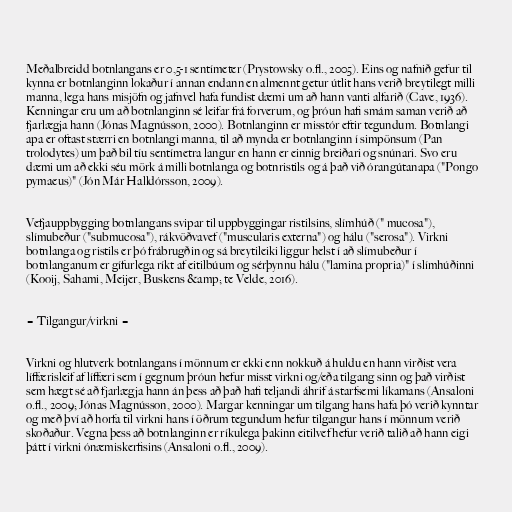
Meðalbreidd botnlangans er 0,5-1 sentímeter (Prystowsky o.fl., 2005). Eins og nafnið gefur til
kynna er botnlanginn lokaður í annan endann en almennt getur útlit hans verið breytilegt milli
manna, lega hans misjöfn og jafnvel hafa fundist dæmi um að hann vanti alfarið (Cave, 1936).
Kenningar eru um að botnlanginn sé leifar frá forverum, og þróun hafi smám saman verið að
fjarlægja hann (Jónas Magnússon, 2000). Botnlanginn er misstór eftir tegundum. Botnlangi
apa er oftast stærri en botnlangi manna, til að mynda er botnlanginn í simpönsum (Pan
trolodytes) um það bil tíu sentímetra langur en hann er einnig breiðari og snúnari. Svo eru
dæmi um að ekki séu mörk á milli botnlanga og botnristils og á það við órangútanapa ("Pongo
pymaeus)" (Jón Már Halldórsson, 2009).

Vefjauppbygging botnlangans svipar til uppbyggingar ristilsins, slímhúð (" mucosa"),
slímubeður ("submucosa"), rákvöðvavef ("muscularis externa") og hálu ("serosa"). Virkni
botnlanga og ristils er þó frábrugðin og sá breytileiki liggur helst í að slímubeður í
botnlanganum er gífurlega ríkt af eitilbúum og sérþynnu hálu ("lamina propria)" í slímhúðinni
(Kooij, Sahami, Meijer, Buskens &amp; te Velde, 2016).

= Tilgangur/virkni =

Virkni og hlutverk botnlangans í mönnum er ekki enn nokkuð á huldu en hann virðist vera
líffærisleif af líffæri sem í gegnum þróun hefur misst virkni og/eða tilgang sinn og það virðist
sem hægt sé að fjarlægja hann án þess að það hafi teljandi áhrif á starfsemi líkamans (Ansaloni
o.fl., 2009; Jónas Magnússon, 2000). Margar kenningar um tilgang hans hafa þó verið kynntar
og með því að horfa til virkni hans í öðrum tegundum hefur tilgangur hans í mönnum verið
skoðaður. Vegna þess að botnlanginn er ríkulega þakinn eitilvef hefur verið talið að hann eigi
þátt í virkni ónæmiskerfisins (Ansaloni o.fl., 2009).